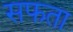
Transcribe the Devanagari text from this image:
सफता